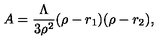
A = \frac { \Lambda } { 3 \rho ^ { 2 } } ( \rho - r _ { 1 } ) ( \rho - r _ { 2 } ) ,